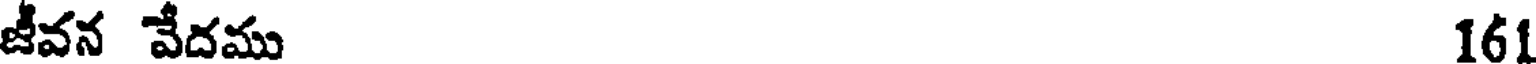
జీవన వేదము 161